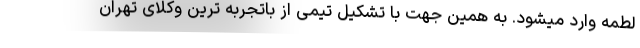
لطمه وارد میشود. به همین جهت با تشکیل تیمی از باتجربه ترین وکلای تهران